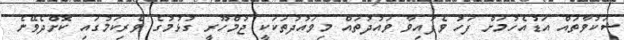
ޝަކުވާތައް އަޑުއެހުމަށް ފަހު ވެފައިވާ ވައުދުތައް މިވައުދުތަކަކީ ޖުމްހޫރީ ގުޅުމުގެ ވެރިކަމުގައި ކޮށްދެވޭނެ